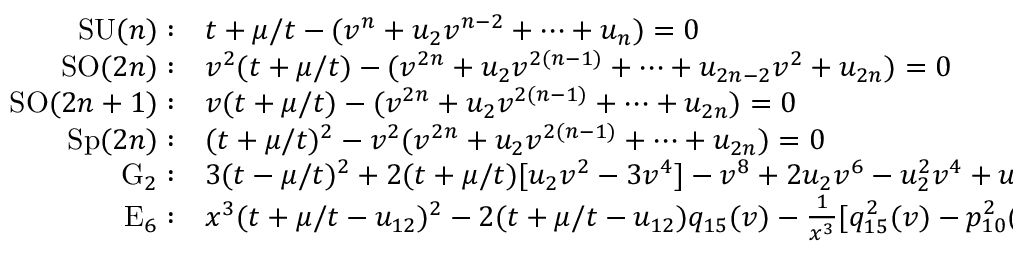
\begin{array} { r l } { { \mathrm { S U } ( n ) : } } & { { t + \mu / t - ( v ^ { n } + u _ { 2 } v ^ { n - 2 } + \cdots + u _ { n } ) = 0 \nonumber } } \\ { { \mathrm { S O } ( 2 n ) : } } & { { v ^ { 2 } ( t + \mu / t ) - ( v ^ { 2 n } + u _ { 2 } v ^ { 2 ( n - 1 ) } + \cdots + u _ { 2 n - 2 } v ^ { 2 } + u _ { 2 n } ) = 0 \nonumber } } \\ { { \mathrm { S O } ( 2 n + 1 ) : } } & { { v ( t + \mu / t ) - ( v ^ { 2 n } + u _ { 2 } v ^ { 2 ( n - 1 ) } + \cdots + u _ { 2 n } ) = 0 \nonumber } } \\ { { \mathrm { S p } ( 2 n ) : } } & { { ( t + \mu / t ) ^ { 2 } - v ^ { 2 } ( v ^ { 2 n } + u _ { 2 } v ^ { 2 ( n - 1 ) } + \cdots + u _ { 2 n } ) = 0 } } \\ { { \mathrm { G } _ { 2 } : } } & { { 3 ( t - \mu / t ) ^ { 2 } + 2 ( t + \mu / t ) [ u _ { 2 } v ^ { 2 } - 3 v ^ { 4 } ] - v ^ { 8 } + 2 u _ { 2 } v ^ { 6 } - u _ { 2 } ^ { 2 } v ^ { 4 } + u _ { 6 } v ^ { 2 } = 0 \nonumber } } \\ { { \mathrm { E } _ { 6 } : } } & { { x ^ { 3 } ( t + \mu / t - u _ { 1 2 } ) ^ { 2 } - 2 ( t + \mu / t - u _ { 1 2 } ) q _ { 1 5 } ( v ) - \frac { 1 } { x ^ { 3 } } [ q _ { 1 5 } ^ { 2 } ( v ) - p _ { 1 0 } ^ { 2 } ( v ) r _ { 1 0 } ( v ) ] , \nonumber } } \end{array}